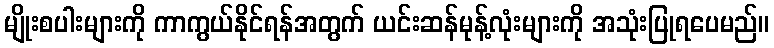
မျိုးစပါးများကို ကာကွယ်နိုင်ရန်အတွက် ယင်းဆန်မုန့်လုံးများကို အသုံးပြုရပေမည်။